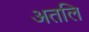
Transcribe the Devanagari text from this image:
अतलि